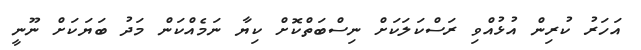
އަހަރު ކުރިން އުޅުއްވި ރަސްކަލަކަށް ނިސްބަތްކޮށް ކިޔާ ނަމެއްކަން މަދު ބަޔަކަށް ނޫނީ